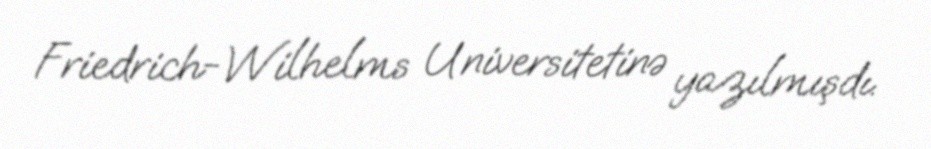
Friedrich-Wilhelms Universitetinə yazılmışdı.